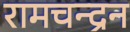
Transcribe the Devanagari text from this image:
रामचन्‍द्रन